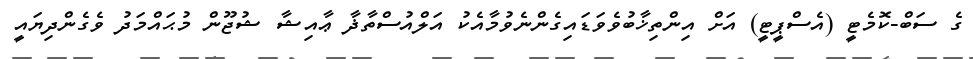
ގެ ސަބް-ކޮމެޓީ (އެސްޕީޓީ) އަށް އިންތިޚާބުވެވަޑައިގެންނެވުމާއެކު އަލްއުސްތާޛާ ޢާއިޝާ ޝުޖޫން މުޙައްމަދު ވެގެންދިޔައީ